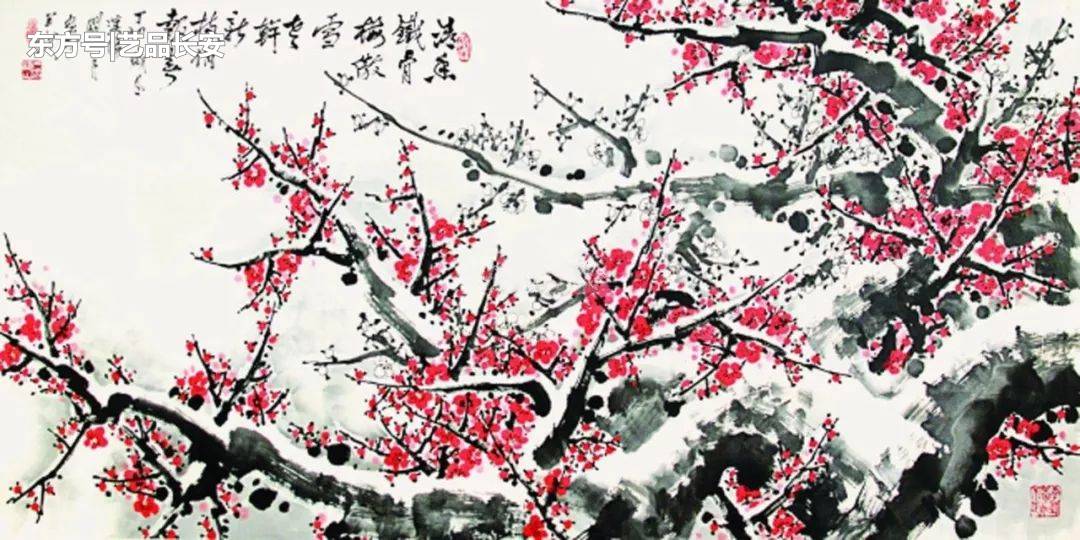
离恨又迎春，相思难重陈。